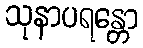
သုနာပရန္တော